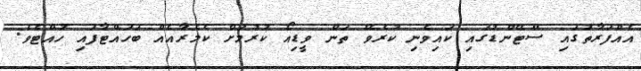
އެއްފަރާތުގައި ސްޓޭންޑުގައި ކައިވެނި ކުރެވޭ ތަން ވީޑިއޯ ކުރުމަށް ކެމެރާއެއް ބަހައްޓާފައި ހުއްޓެވެ.